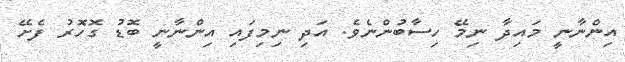
އިންނާނީ މައިދާ ނިމޭ ހިސާބުންނެވެ. އަދި ނިމިފައި އިންނާނީ ބޮޑު ގޮހޮރު ފެށޭ